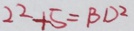
2 2 + 5 = B D ^ { 2 }